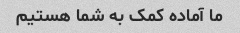
ما آماده کمک به شما هستیم